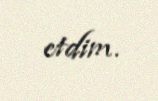
etdim.